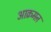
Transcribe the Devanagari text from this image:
आक्रमऩ